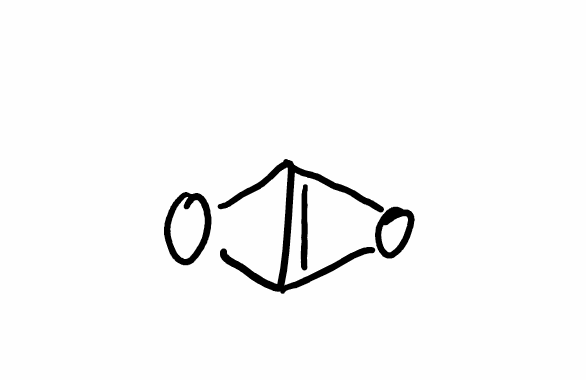
Simplified molecular-input line-entry system (SMILES) notation of the given molecule:
C12=C(O1)O2